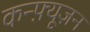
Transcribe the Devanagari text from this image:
कन्फ़्यूज़न